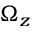
\Omega _ { z }